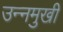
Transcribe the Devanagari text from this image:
उन्‍नमुखी